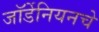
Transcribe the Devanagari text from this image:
जॉर्डेनियनचे